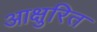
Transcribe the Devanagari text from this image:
आक्षुरित